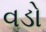
વડો